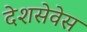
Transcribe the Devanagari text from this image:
देशसेवेस